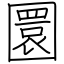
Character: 圜